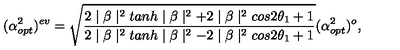
( \alpha _ { o p t } ^ { 2 } ) ^ { e v } = \sqrt { \frac { 2 \mid \beta \mid ^ { 2 } t a n h \mid \beta \mid ^ { 2 } + 2 \mid \beta \mid ^ { 2 } c o s 2 \theta _ { 1 } + 1 } { 2 \mid \beta \mid ^ { 2 } t a n h \mid \beta \mid ^ { 2 } - 2 \mid \beta \mid ^ { 2 } c o s 2 \theta _ { 1 } + 1 } } ( \alpha _ { o p t } ^ { 2 } ) ^ { o } ,